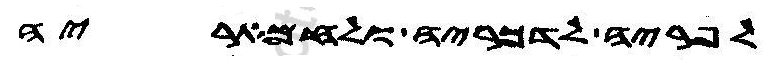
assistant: לפריה לדכריה ולחמאריה